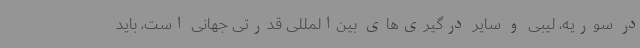
در سوریه، لیبی و سایر درگیری‌های بین‌المللی قدرتی جهانی است، باید